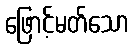
ဖြောင့်မတ်သော